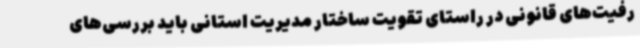
رفیت‌های قانونی در راستای تقویت ساختار مدیریت استانی باید بررسی‌های